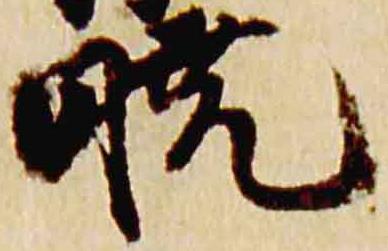
暁